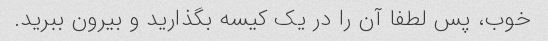
خوب، پس لطفا آن را در یک کیسه بگذارید و بیرون ببرید.